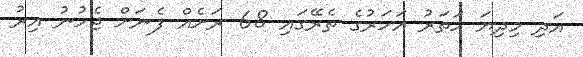
އަދި މިދިޔަ ހަތަރު އަހަރުގެ ތެރޭގައި 68 ރަށެއް ފެނަށް ޖެހުނު އިރު